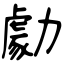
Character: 勮